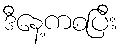
ဒီနေ့ကစပြီး